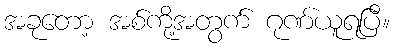
အခုတော့ အစ်ကို့အတွက် ဂုဏ်ယူရပြီ။